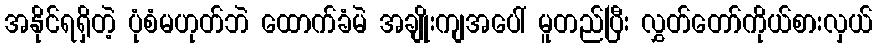
အနိုင်ရရှိတဲ့ ပုံစံမဟုတ်ဘဲ ထောက်ခံမဲ အချိုးကျအပေါ် မူတည်ပြီး လွှတ်တော်ကိုယ်စားလှယ်